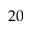
2 0